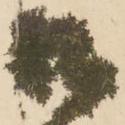
御